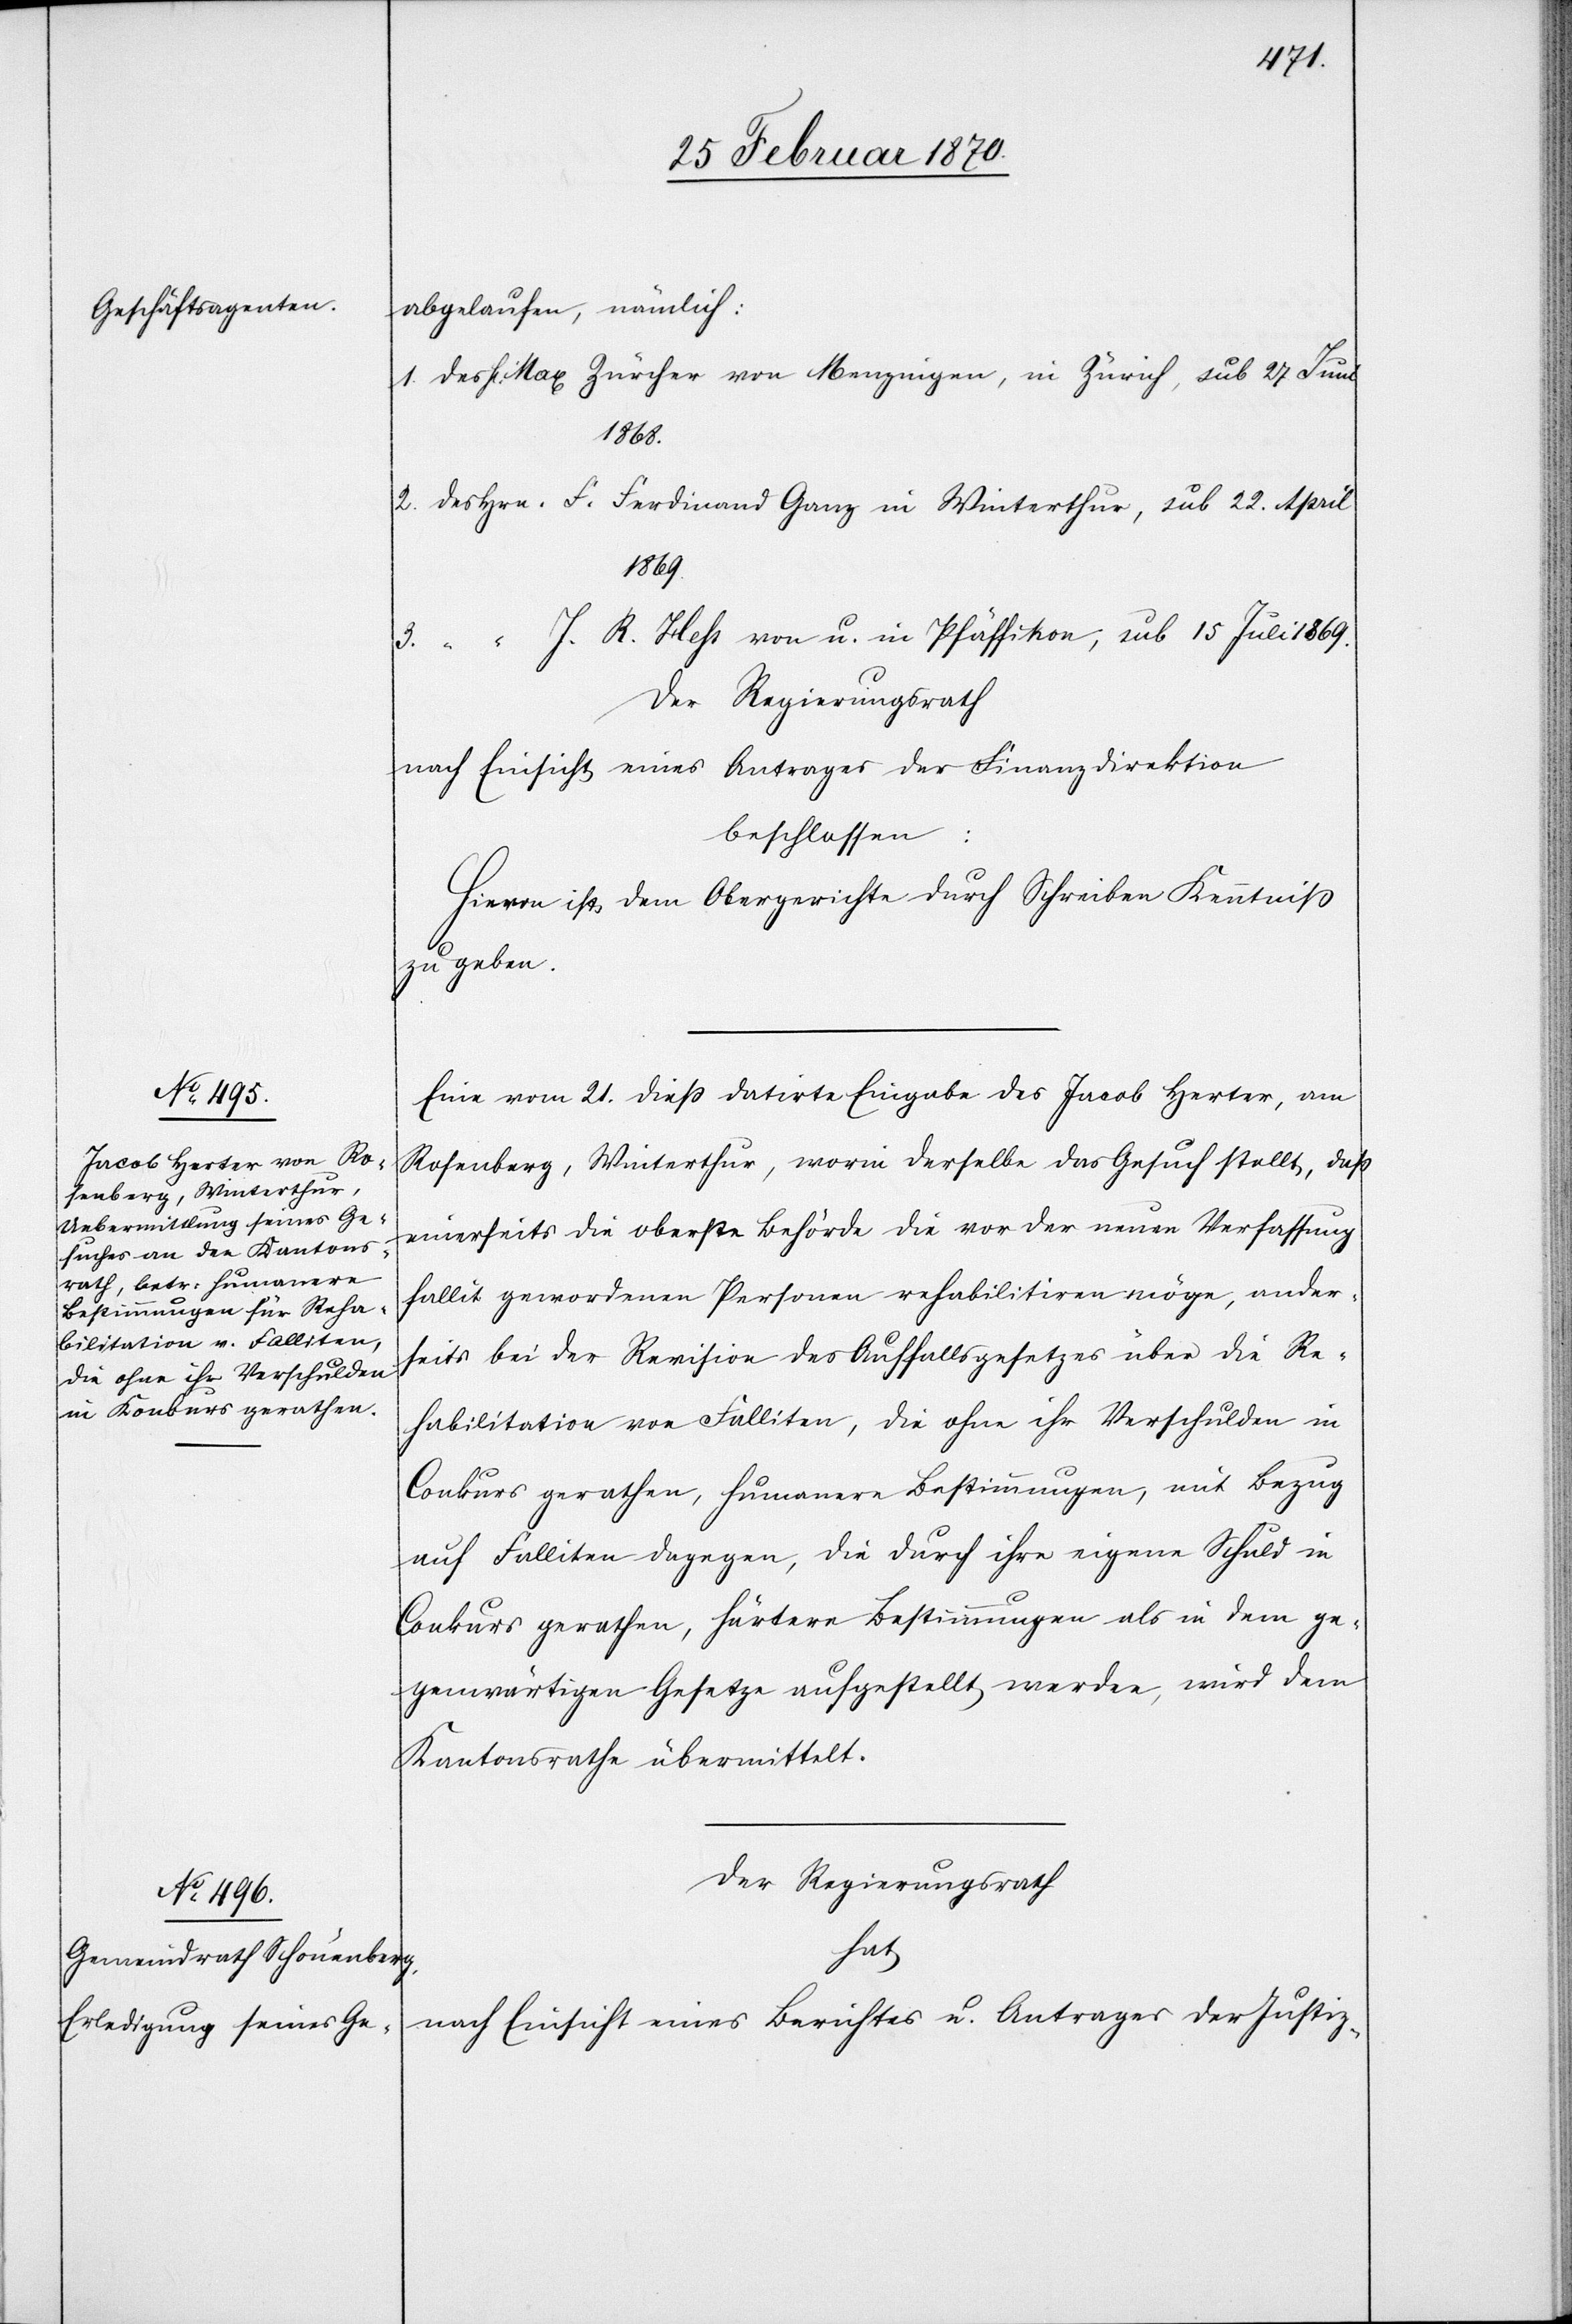
abgelaufen, nämlich:
1. des H. Max Zürcher von Menzingen, in Zürich, sub 27 Juni
1868.
2. des Hrn. F. Ferdinand Ganz in Winterthur, sub 22. April
1869.
3. “ “ J. R. Hess von u. in Pfäffikon, sub 15 Juli 1869.
Der Regierungsrath
nach Einsicht eines Antrages der Finanzdirektion
beschlossen:
Hievon ist dem Obergerichte durch Schreiben Kenntniß
zu geben.
Eine vom 21. dieß datirte Eingabe des Jacob Herter, am
Rosenberg, Winterthur, worin derselbe das Gesuch stellt, daß
einerseits die oberste Behörde die vor der neuen Verfassung
fallit gewordenen Personen rehabilitiren möge, ander¬
seits bei der Revision des Auffallsgesetzes über die Re¬
habilitation von Falliten, die ohne ihr Verschulden in
Conkurs gerathen, humanere Bestimmungen, mit Bezug
auf Falliten dagegen, die durch ihre eigene Schuld in
Conkurs gerathen, härtere Bestimmungen als in dem ge¬
genwärtigen Gesetze aufgestellt werden, wird dem
Kantonsrathe übermittelt.
Der Regierungsrath
hat
nach Einsicht eines Berichtes u. Antrages der Justiz-